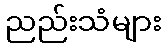
ညည်းသံများ